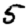
Digit: 5